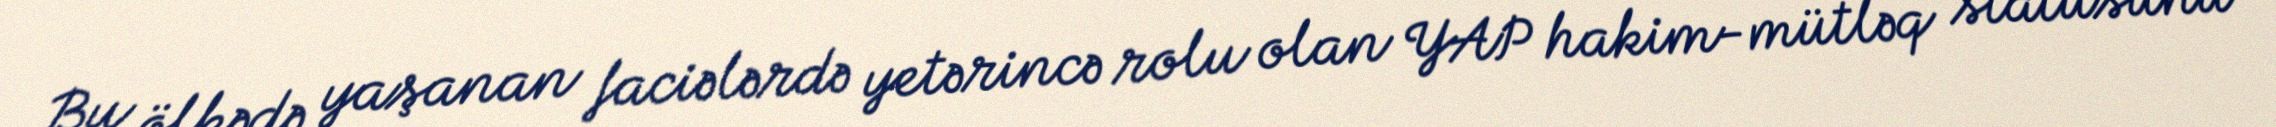
Bu ölkədə yaşanan faciələrdə yetərincə rolu olan YAP hakim-mütləq statusunu